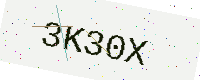
Text: 3K30X